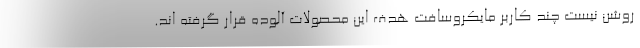
روشن نیست چند کاربر مایکروسافت هدف این محصولات آلوده قرار گرفته اند.